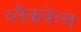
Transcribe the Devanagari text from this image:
ब्‍लैकवेल्‍स